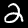
Digit: 2